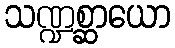
သဏ္ဍစ္ဆာယော